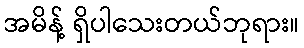
အမိန့် ရှိပါသေးတယ်ဘုရား။